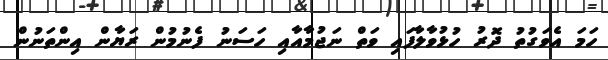
ހަމަ އެވަގުތު ދޮރު ހުޅުވާލާފައި ވަތް ނަޖުމާއާއި ހަސަނު ފެނުމުން ރަޔާން އިންތަނުން